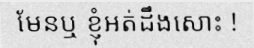
មែនឬ ខ្ញុំអត់ដឹងសោះ !